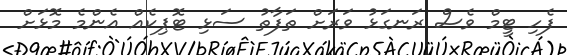
ފެހި ޓީމް ވެސް ރަނގަޅު ވަރަށް ތަފާތު ސަޅި ޓޮޕިކެއް އެންމެ މޮޅަށް